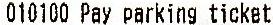
010100 PAY PARKING TICKET